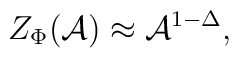
Z_{\Phi}({\cal{A}}) \approx {\cal{A}}^{1-\Delta},